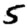
Digit: 5